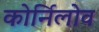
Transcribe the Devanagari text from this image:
कोर्निलोव